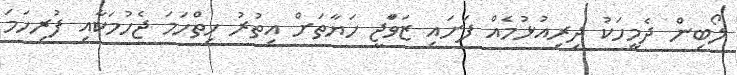
ލޯބިން ދެމީހަކު ދިރިއުޅުމެއް ފަށައި ޒަވަާޖީ ހަޔާތަށް އިތުރު ހިތްހަމަ ޖެހުމަކާއި ފުރިހަމަ